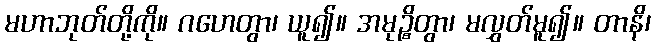
မဟာဘုတ်တို့ကို။ ဂဟေတွာ၊ ယူ၍။ အမုဉ္စိတွာ၊ မလွှတ်မူ၍။ တာနိ၊